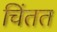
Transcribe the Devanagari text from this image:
चिंतत